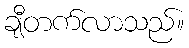
ချီတက်လာသည်။